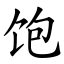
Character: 饱